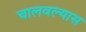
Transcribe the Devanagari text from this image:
चालवल्यास